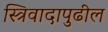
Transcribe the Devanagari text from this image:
स्त्रिवादापुढील